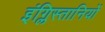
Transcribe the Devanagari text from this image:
इंग्लिस्तानियों